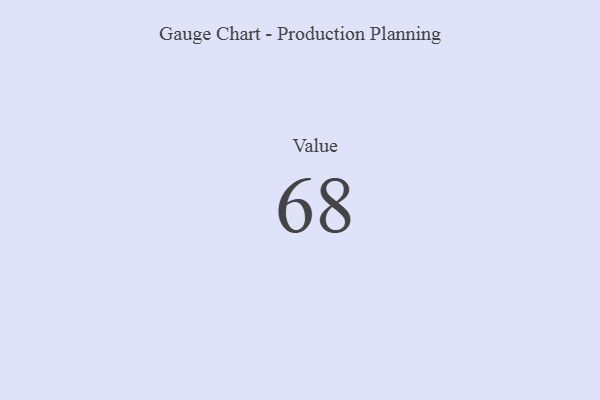
{"axis": {"x": "Metric", "y": "Value"}, "legend": [""], "data": [{"x": "Value", "y": 68, "type": ""}]}